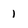
Character: 1